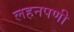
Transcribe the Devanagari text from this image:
लहनपणी